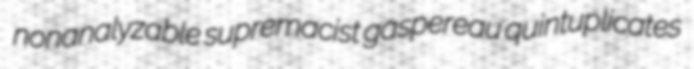
nonanalyzable supremacist gaspereau quintuplicates